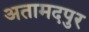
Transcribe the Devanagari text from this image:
अतामदपुर